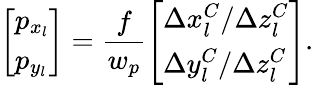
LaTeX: \left[\begin{array}{l}{p_{x_{l}}}\\ {p_{y_{l}}}\end{array}\right]=\frac{f}{w_{p}}\left[\begin{array}{l}{\Delta x_{l}^{C}/\Delta z_{l}^{C}}\\ {\Delta y_{l}^{C}/\Delta z_{l}^{C}}\end{array}\right].